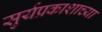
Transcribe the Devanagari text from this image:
सुर्यप्रकाशाच्या